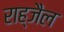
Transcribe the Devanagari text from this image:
राह्जैल